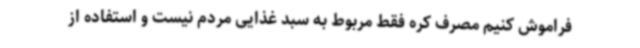
فراموش کنیم مصرف کره فقط مربوط به سبد غذایی مردم نیست و استفاده از